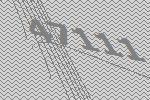
47111